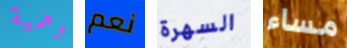
وهمية نعم السهرة مساء